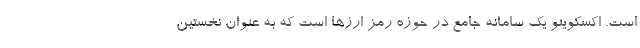
است. اکسکوینو یک سامانه جامع در حوزه رمز ارزها است که به عنوان نخستین